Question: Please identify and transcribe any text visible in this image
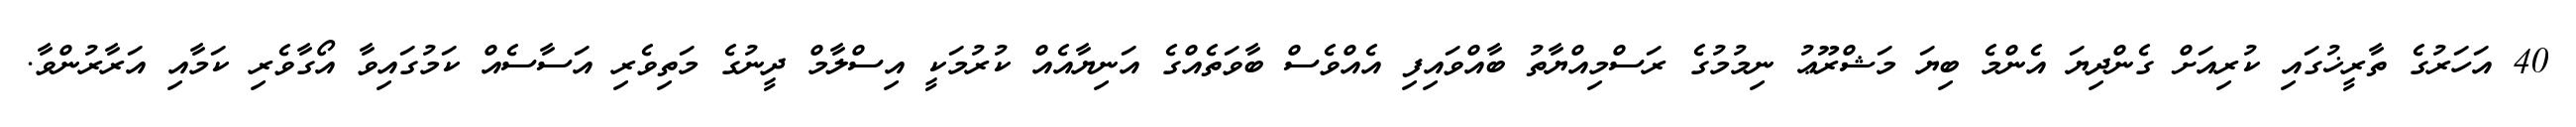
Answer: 40 އަހަރުގެ ތާރީޚުގައި ކުރިއަށް ގެންދިޔަ އެންމެ ބިޔަ މަޝްރޫޢު ނިމުމުގެ ރަސްމިއްޔާތު ބާއްވައިފި އެއްވެސް ބާވަތެއްގެ އަނިޔާއެއް ކުރުމަކީ އިސްލާމް ދީނުގެ މަތިވެރި އަސާސެއް ކަމުގައިވާ އޯގާވެރި ކަމާއި އަރާރުންވާ.